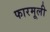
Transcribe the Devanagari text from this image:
फारमूली